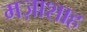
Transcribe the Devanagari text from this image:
मज़ाशाह